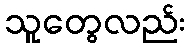
သူတွေလည်း